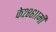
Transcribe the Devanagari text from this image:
के२८६११मी